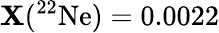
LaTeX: \mathbf{X}(^{22}\mathrm{{Ne}})=0.0022